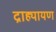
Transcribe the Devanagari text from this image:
द्राह्यायण